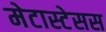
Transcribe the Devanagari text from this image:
मेटास्टेसस